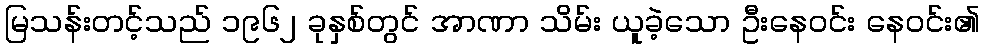
မြသန်းတင့်သည် ၁၉၆၂ ခုနှစ်တွင် အာဏာ သိမ်း ယူခဲ့သော ဦးနေဝင်း နေဝင်း၏